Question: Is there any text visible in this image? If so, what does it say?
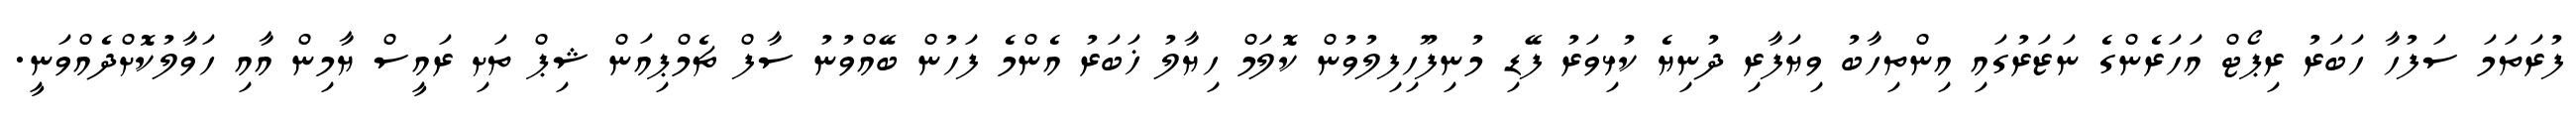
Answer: ފުރަތަމަ ސަފުހާ ހަބަރު ރިޕޯޓް އަހަރެންގެ ނަޒަރުގައި އިންތިހާބު ވިޔަފާރި ދުނިޔެ ކުޅިވަރު ފޭޑި މުނިފޫހިފިލުވުން ކޮލަމް ހިޔާލު ޚަބަރު އެންމެ ފަހުން ބޭއްވުނު ސާފް ޗެމްޕިއަން ޝިޕް ތަށި ރައީސް ޔާމިން އާއި ހަވާލުކޮށްދެއްވަނީ.